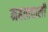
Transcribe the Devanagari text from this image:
महत्ववाली